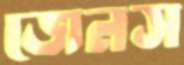
জেনস